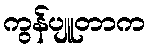
ကွန်ပျူတာက